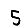
Digit: 5